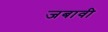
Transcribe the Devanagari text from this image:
जबावी